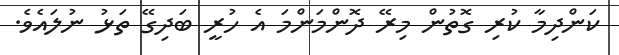
ކަންދިމާ ކުރި ގޮތުން މިރޭ ދޮންމަންމަ އެ ހުރީ ބަދިގޭ ތަޅު ނުލައެވެ.